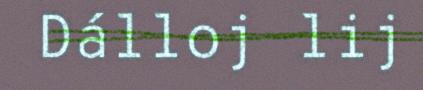
Dálloj lij